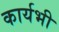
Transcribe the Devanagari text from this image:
कार्यभी